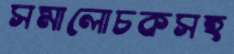
সমালোচকসহ